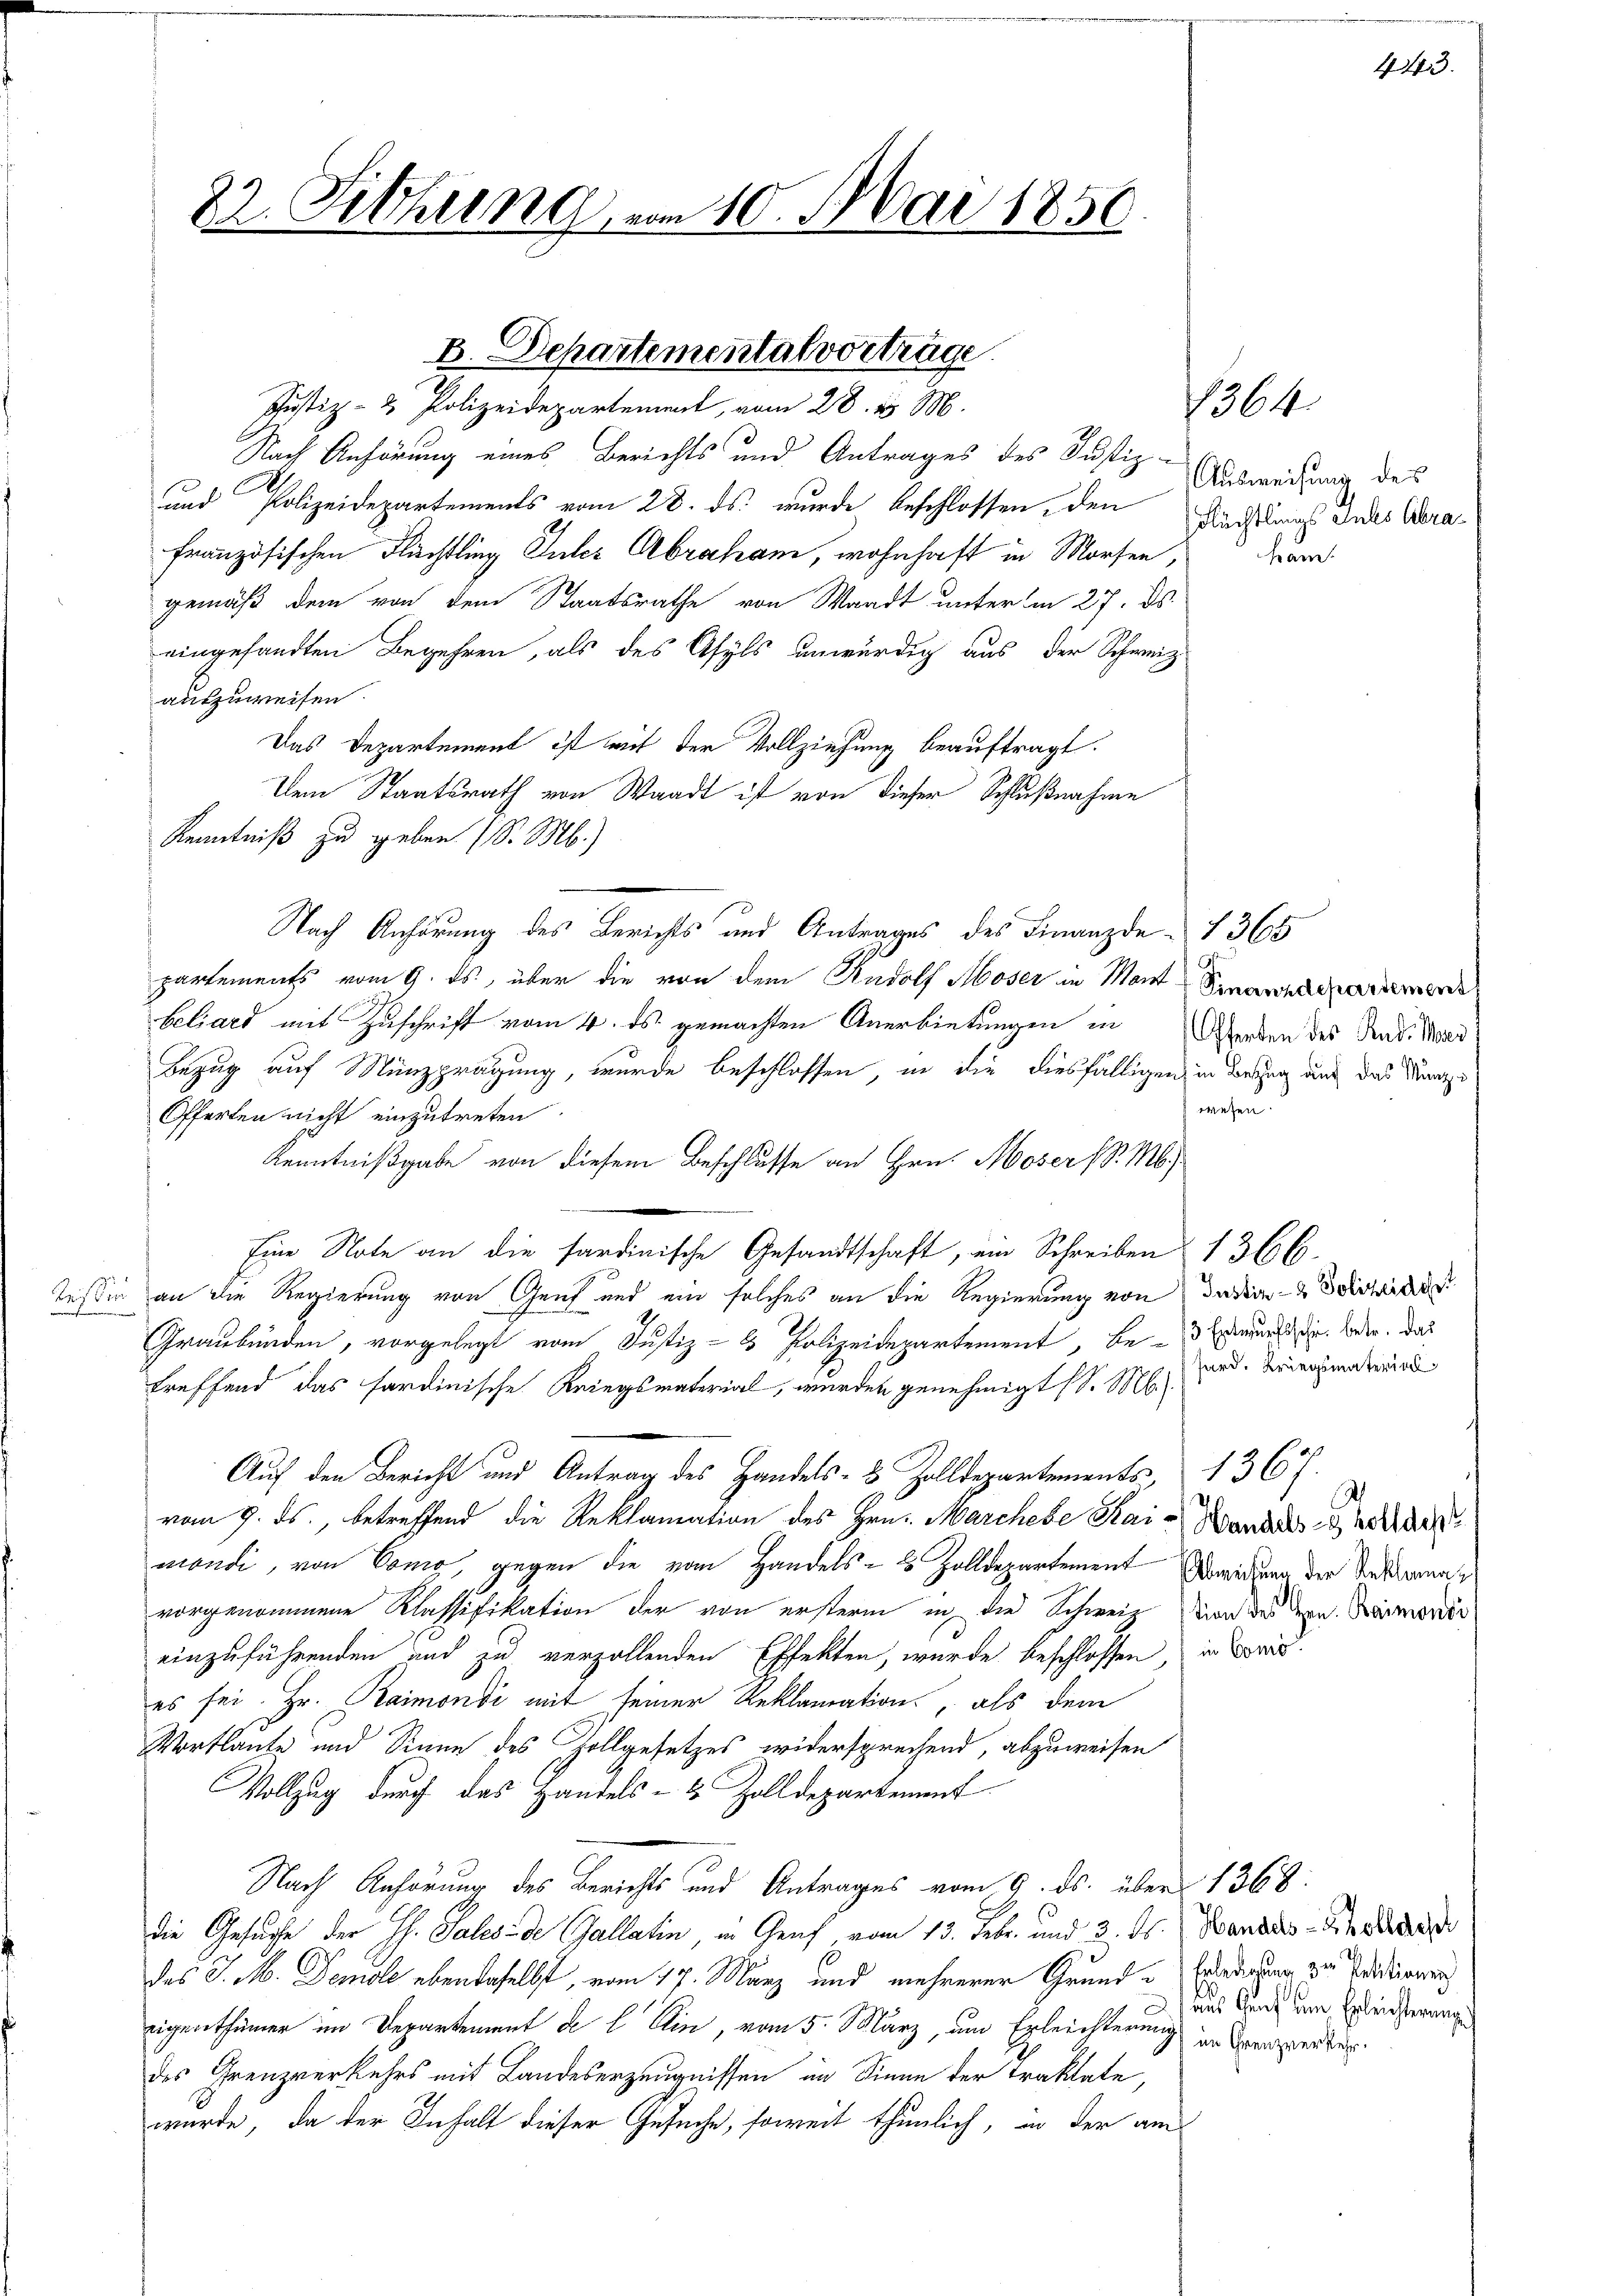
Nach Anhörung eines Berichts und Antrages des Justiz-
und Polizeidepartements vom 28. ds. wurde beschlossen, den Fuchslungs Indes Berafranzösischen Flüchtling Inter Abrahan, wohnhaft in Morfen, da
gemäß dem von dem Staatsrathe von Waadt unterm 27. ds.
eingesandten Begehren, als des Asyls unwürdig aus der Schweiz
auszuweisen.
Das Departement ist mit der Vollziehung beauftragt.
Dem Staatsrath von Waadt ist von dieser Schlußnahme
Kenntniß zu geben (S. M.)
Nach Anhörung des Berichts und Antrages des Finanzde 1365
partements vom 9. ds., über die von dem Rudolf Moser in Mant Finanzdarmens
beliard mit Zuschrift vom 4. ds. gemachten Anerbietungen in Aborden des Rud. Mar
Bezug auf Münzprägung, wurde beschlossen, in die diesfälligen in Bezug auf das Kanze
Offerten nicht einzutreten.
Kenntnißgabe von diesem Beschlusse an Hrn. Moser (S. M.
Eine Note an die sardinische Gesandtschaft, ein Schreiben 1366.
Tessin an die Regierung von Genf und ein solches an die Regierung von datien- & Politicis
Graubünden, vorgelegt vom Justiz- & Polizeidepartement, be- und die Boden, das
treffend das hardinische Kriegsmaterial, werden genehmigt (S. M.
Auf den Bericht und Antrag des Handels- & Zolldepartements, 1367.
vom 9. ds., betreffend die Reklamation des Hrn. Marchebe Kai- Wandes von des
mondi, von König, gegen die vom Handels- & Zolldepartement Abredung der Veranna
vorgenommene Klassifikation der von ersterm in die Schweiz von des dern. Maimordir
einzuführenden und zu verzollenden Effekten, wurde beschlossen,
es sei. Hr. Raimoni mit seiner Reklamation, als dem
Vortlaute und Sinne des Zollgesetzes widersprechend, abzuweisen
Vollzug durch das Handels- & Zolldepartement
Nach Anhörung des Berichts und Antrages vom 9. ds. über 1368:
die Gesuche der h. Tales de Gallatin, in Graf vom 13. Febr. und 3. ds. Wandes-Kinde
des J. M. Demole ebenbeselbst, vom 17. März und mehrerer Grund „Erledigung zu Sardiren
eigenthümer im Departement de l. ein, vom 5. März, um Erleichterung in Canzenderdes Grenzverkehrs mit Landeserzeugnissen im Sinne der Traktate,
wurde, da der Inhalt dieser Gesuche, soweit thunlich, in der am

22. Sitzung von 10. Mai 1850

B. Departemental vorträge
Justiz- & Polizeidepartement, vom 28. ds M.

364

Ausweisung des

wesen.

ford. Kriegsmaterial

.

in Como

443.

Aus Graf um Erleichterunge